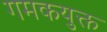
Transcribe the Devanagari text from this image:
गमकयुक्त